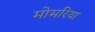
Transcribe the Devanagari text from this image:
मोमरिया